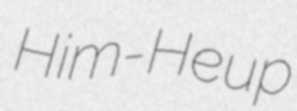
Him-Heup